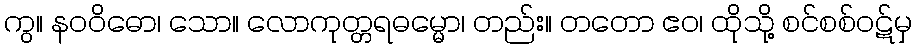
ကွ။ နဝဝိဓော၊ သော။ လောကုတ္တရဓမ္မော၊ တည်း။ တတော ဧဝ၊ ထိုသို့ စင်စစ်ဝဋ်မှ